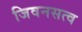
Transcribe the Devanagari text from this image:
जिवनसत्व